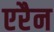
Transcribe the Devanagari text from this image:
एरैन